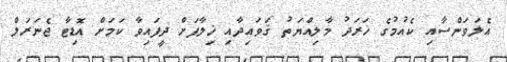
އެލަވަންސާއި ކެއުމުގެ ޚަރަދު މާލިއްޔަތު ޤަވައިދާއި ޚިލާފަށް ދީފައިވާ ކަމަށް އޮޑިޓާ ޖެނަރަލް